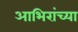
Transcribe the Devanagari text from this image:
आभिरांच्या